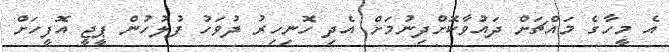
އެ މީހާގެ މައްޗަށް ދައުވާކޮށްދިނުމަށް އެދި ހޮނިހިރު ދުވަހު ފުލުހުން ޕީޖީ އޮފީހަށް